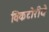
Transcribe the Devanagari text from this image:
विकटोरीये